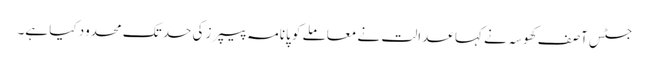
جسٹس آصف کھوسہ نے کہا عدالت نے معاملے کو پانامہ پیپرز کی حد تک محدود کیا ہے۔